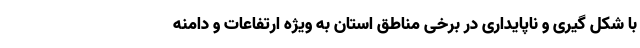
با شکل گیری و ناپایداری در برخی مناطق استان به ویژه ارتفاعات و دامنه